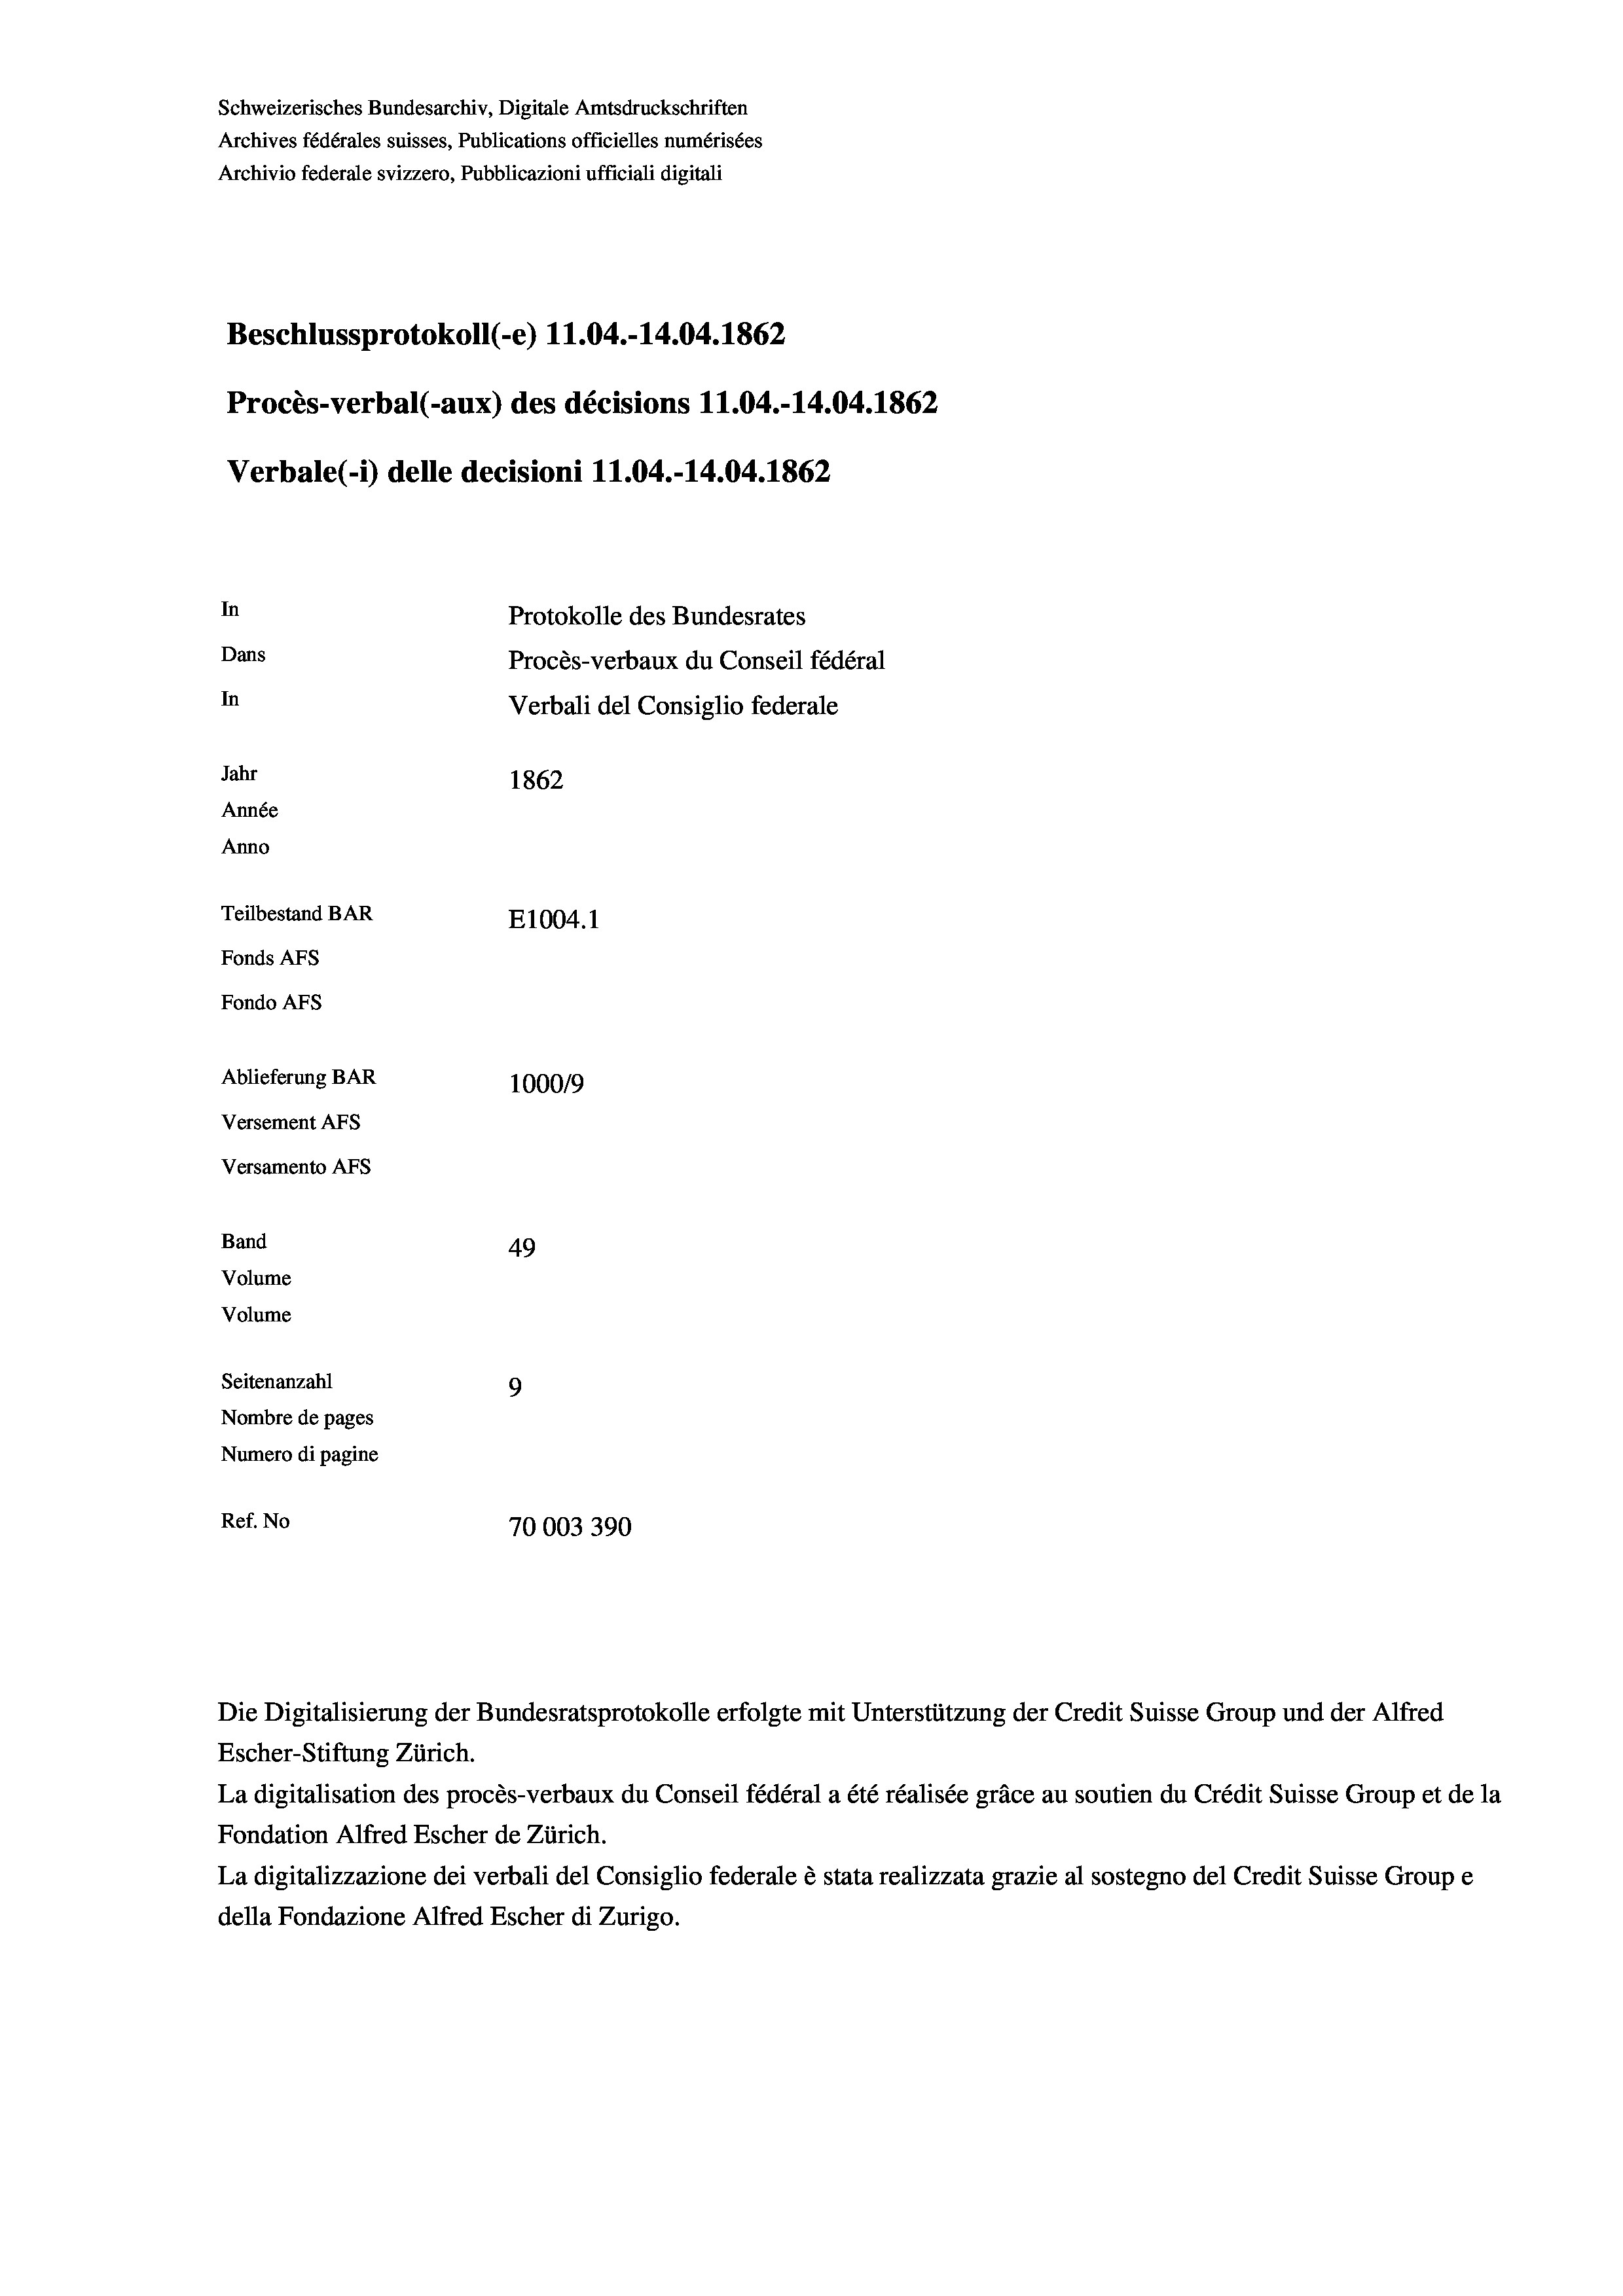
Schweizerisches Bundesarchiv, Digitale Amtsdruckschriften
Archives fédérales suisses, Publications officielles numérisées
Archivio federale svizzero, Pubblicazioni ufficiali digitali
Beschlussprotokoll (-e) 11.04.-14.04. 1862
Procès-verbal (-aux) des décisions 11.04.-14.04. 1862
Verbale (-*) delle decisioni 11.04.-14.04. 1862
In
Protokolle des Bundesrates
Dans
Procès-verbaux du Conseil fédéral
In
Verbali del Consiglio federale
Jahr
1862
Année
Anno
Teilbestand BAR
E1004. 1
Fonds AFs
Fondo Afs
Ablieferung BAR
100019
Versement AFs
Versamento AFs
Band
49
Volume
Volume
Seitenanzahl
9
Nombre de pages
Numero di pagine
Ref. No
70003390

Escher-Stiftung Zürich.
La digitalisation des procès-verbaux du Conseil fédéral a été réalisée gräce au soutien du Crédit Suisse Group et de la
Fondation Alfred Escher de Zürich.
La digitalizzazione dei verbali del Consiglio federale è stata realizzata grazie al sostegno del Credit Suisse Groupe
della Fondazione Alfred Escher di Zurigo.

Die Digitalisierung der Bundesratsprotokolle erfolgte mit Unterstützung der Credit Suisse Group und der Alfred